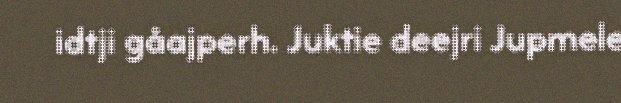
idtji gåajperh. Juktie deejri Jupmele